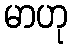
မာဟု